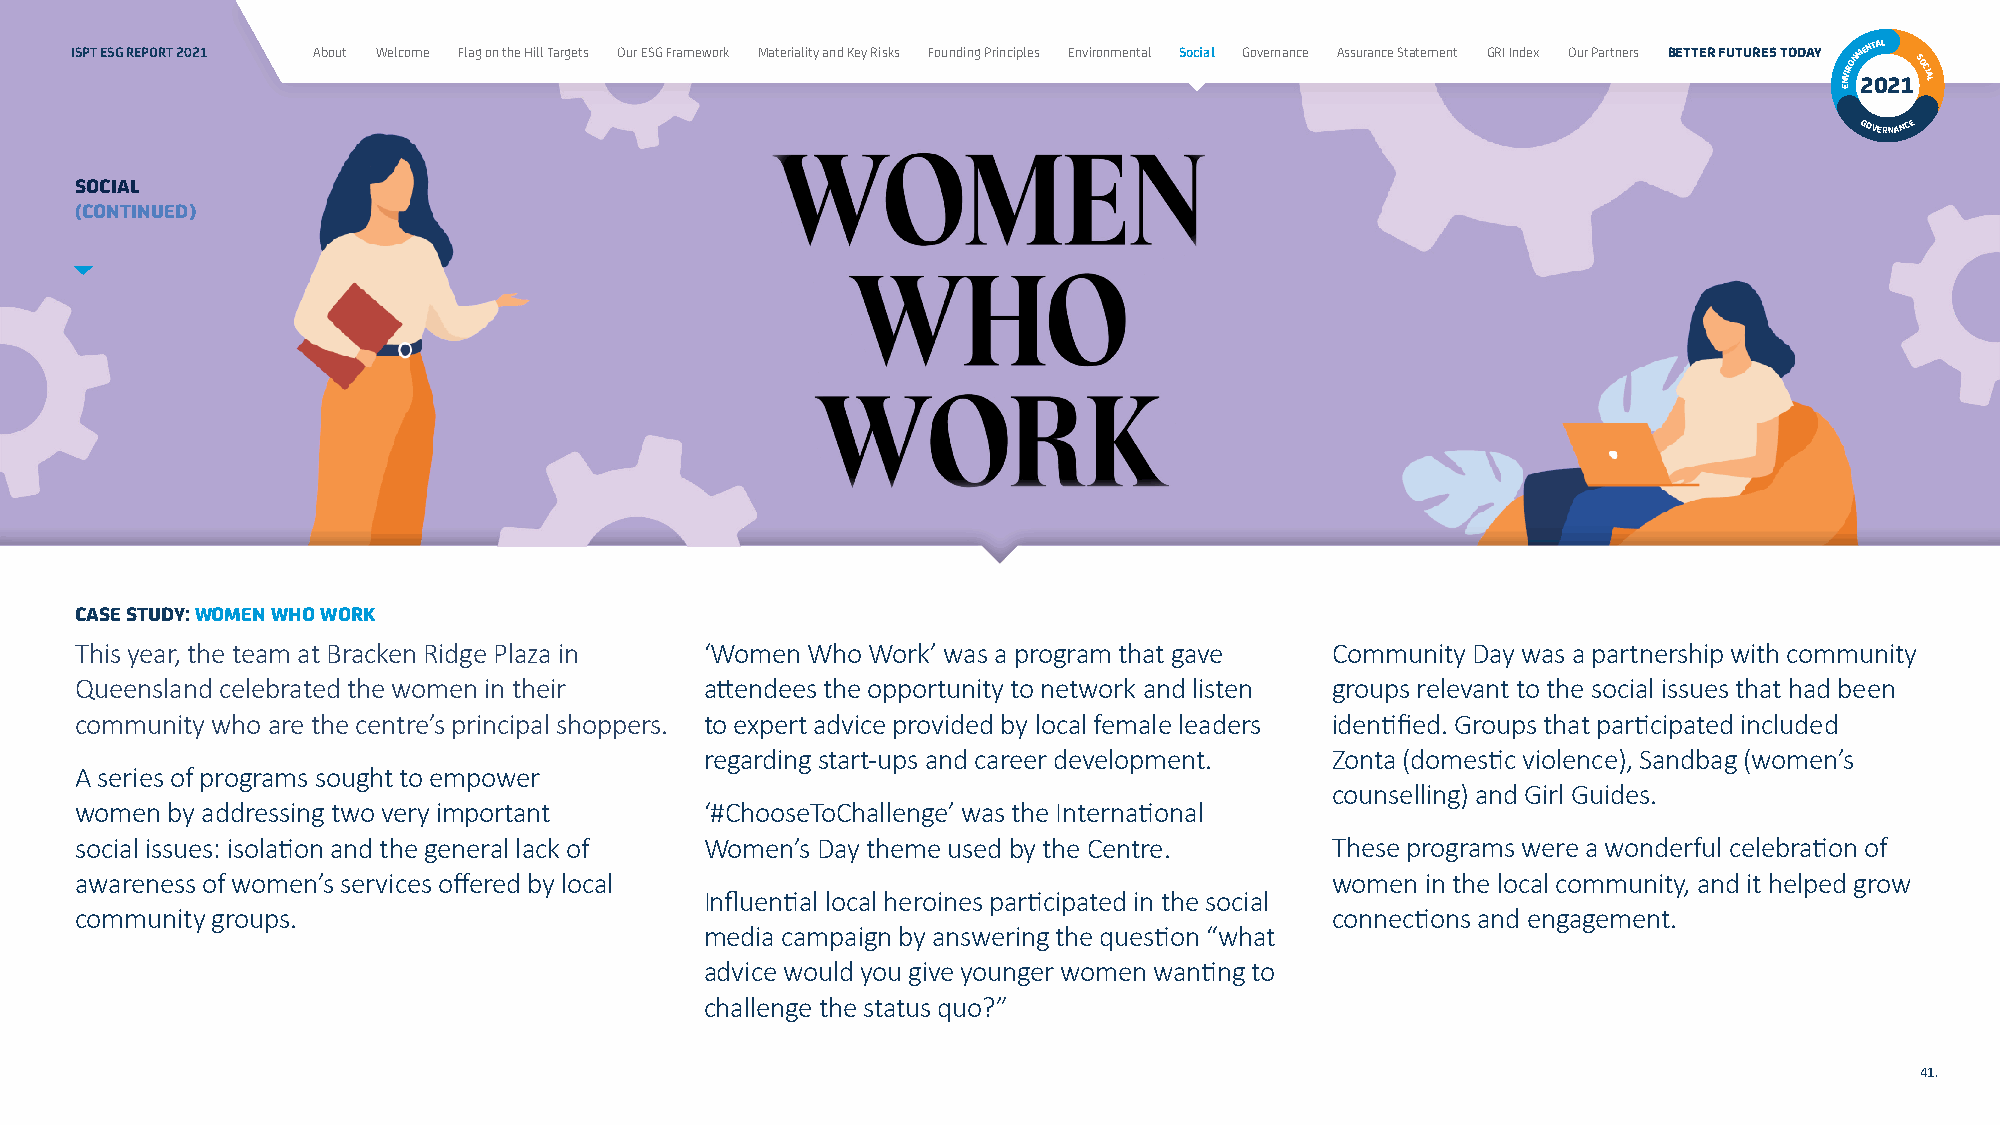
ISPT ESG REPORT 2021 About Welcome Flag on the Hill Targets Our ESG Framework Materiality and Key Risks Founding Principles Environmental Social Governance Assurance Statement GRI Index Our Partners BETTER FUTURES TODAY NVIRONM 2ENT 0AL
 21SOCIAL
 E
 GOVERNANCE
 SOCIAL
 (CONTINUED)
 CASE STUDY: WOMEN WHO WORK
 This year, the team at Bracken Ridge Plaza in ‘Women Who Work’ was a program that gave Community Day was a partnership with community
 Queensland celebrated the women in their  attendees the opportunity to network and listen groups relevant to the social issues that had been
 community who are the centre’s principal shoppers. to expert advice provided by local female leaders identified. Groups that participated included
 regarding start-ups and career development. Zonta (domestic violence), Sandbag (women’s
 A series of programs sought to empower
 counselling) and Girl Guides.
 women by addressing two very important    ‘#ChooseToChallenge’ was the International
 social issues: isolation and the general lack of Women’s Day theme used by the Centre. These programs were a wonderful celebration of
 awareness of women’s services offered by local                                     women in the local community, and it helped grow
 Influential local heroines participated in the social
 community groups.                                                                  connections and engagement.
 media campaign by answering the question “what
 advice would you give younger women wanting to
 challenge the status quo?”
 41.